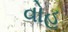
વોહ